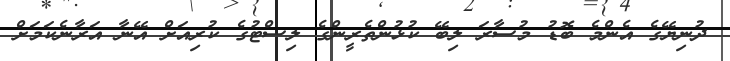
ދުނިޔޭގެ އެންމެ ބޮޑު މުސާރަ ލިބޭ ކުޅުންތެރީންގެ ލިސްޓުގެ ކުރިއަށް އޭނާ އަރާނެކަމަށް